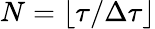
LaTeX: N=\lfloor\tau/\Delta\tau\rfloor